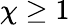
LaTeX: \chi\geq 1